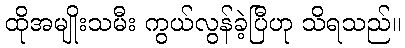
ထိုအမျိုးသမီး ကွယ်လွန်ခဲ့ပြီဟု သိရသည်။